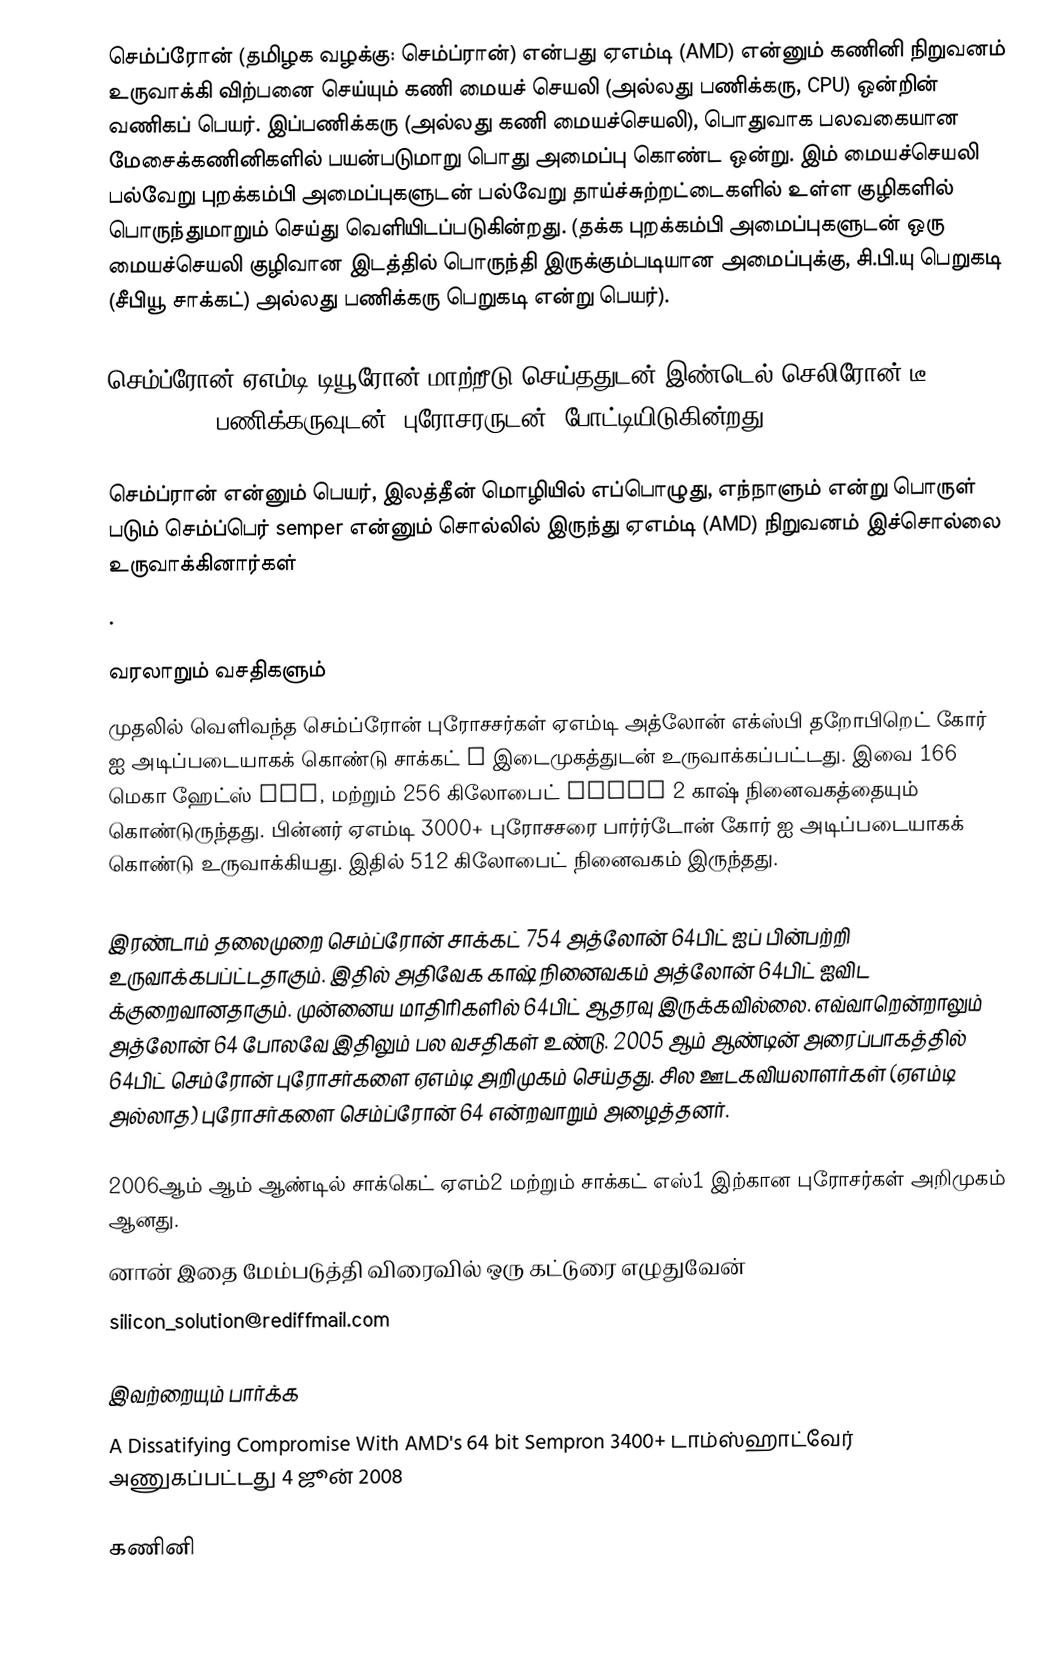
செம்ப்ரோன் (தமிழக வழக்கு: செம்ப்ரான்) என்பது  ஏஎம்டி (AMD) என்னும் கணினி நிறுவனம் உருவாக்கி விற்பனை செய்யும் கணி மையச் செயலி (அல்லது பணிக்கரு, CPU) ஒன்றின் வணிகப் பெயர். இப்பணிக்கரு (அல்லது கணி மையச்செயலி), பொதுவாக பலவகையான மேசைக்கணினிகளில் பயன்படுமாறு பொது அமைப்பு கொண்ட ஒன்று. இம் மையச்செயலி பல்வேறு புறக்கம்பி அமைப்புகளுடன் பல்வேறு தாய்ச்சுற்றட்டைகளில் உள்ள குழிகளில் பொருந்துமாறும் செய்து வெளியிடப்படுகின்றது. (தக்க புறக்கம்பி அமைப்புகளுடன் ஒரு மையச்செயலி குழிவான இடத்தில் பொருந்தி இருக்கும்படியான அமைப்புக்கு, சி.பி.யு பெறுகடி  (சீபியூ சாக்கட்) அல்லது பணிக்கரு பெறுகடி என்று பெயர்).

செம்ப்ரோன் ஏஎம்டி டியூரோன் மாற்றீடு செய்ததுடன் இண்டெல் செலிரோன் டீ (Celeron D) பணிக்கருவுடன் (புரோசரருடன்)  போட்டியிடுகின்றது.

செம்ப்ரான் என்னும் பெயர், இலத்தீன் மொழியில் எப்பொழுது, எந்நாளும் என்று பொருள் படும் செம்ப்பெர்  semper என்னும் சொல்லில் இருந்து ஏஎம்டி (AMD) நிறுவனம் இச்சொல்லை உருவாக்கினார்கள்
.

வரலாறும் வசதிகளும்
முதலில் வெளிவந்த செம்ப்ரோன் புரோசசர்கள் ஏஎம்டி அத்லோன் எக்ஸ்பி தறோபிறெட் கோர் ஐ அடிப்படையாகக் கொண்டு சாக்கட் A இடைமுகத்துடன் உருவாக்கப்பட்டது. இவை 166 மெகா ஹேட்ஸ் FSB, மற்றும் 256 கிலோபைட் Level 2 காஷ் நினைவகத்தையும் கொண்டுருந்தது. பின்னர் ஏஎம்டி 3000+ புரோசசரை பார்ர்டோன் கோர் ஐ அடிப்படையாகக் கொண்டு உருவாக்கியது. இதில் 512 கிலோபைட் நினைவகம் இருந்தது.

இரண்டாம் தலைமுறை செம்ப்ரோன் சாக்கட் 754 அத்லோன் 64பிட் ஐப் பின்பற்றி உருவாக்கபப்ட்டதாகும். இதில் அதிவேக காஷ் நினைவகம் அத்லோன் 64பிட் ஐவிட க்குறைவானதாகும். முன்னைய மாதிரிகளில் 64பிட் ஆதரவு இருக்கவில்லை. எவ்வாறென்றாலும் அத்லோன் 64 போலவே இதிலும் பல வசதிகள் உண்டு. 2005 ஆம் ஆண்டின் அரைப்பாகத்தில் 64பிட் செம்ரோன் புரோசர்களை ஏஎம்டி அறிமுகம் செய்தது. சில ஊடகவியலாளர்கள் (ஏஎம்டி அல்லாத) புரோசர்களை செம்ப்ரோன் 64 என்றவாறும் அழைத்தனர்.

2006ஆம் ஆம் ஆண்டில் சாக்கெட் ஏஎம்2 மற்றும் சாக்கட் எஸ்1 இற்கான புரோசர்கள் அறிமுகம் ஆனது.
னான் இதை மேம்படுத்தி விரைவில் ஒரு கட்டுரை எழுதுவேன்
silicon_solution@rediffmail.com

இவற்றையும் பார்க்க
 A Dissatifying Compromise With AMD's 64 bit Sempron 3400+ டாம்ஸ்ஹாட்வேர் அணுகப்பட்டது 4 ஜூன் 2008

கணினி